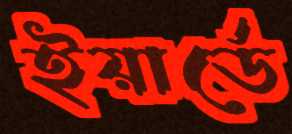
ইয়ার্ডে